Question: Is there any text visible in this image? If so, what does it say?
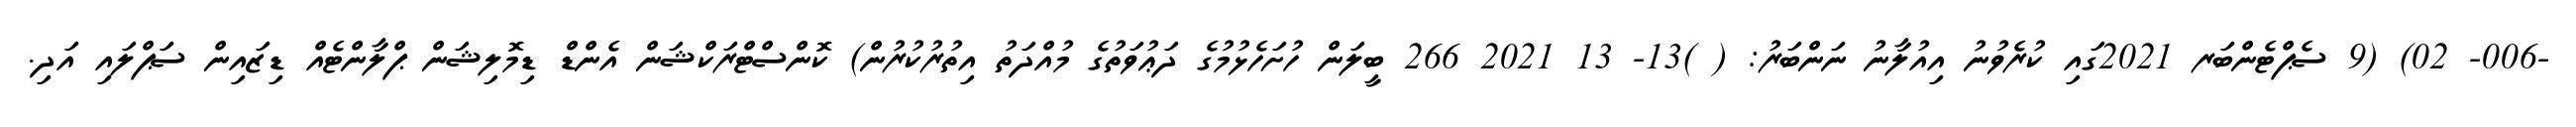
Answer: -006- 02) (9 ސެޕްޓެންބަރ 2021ގައި ކުރެވުނު އިއުލާނު ނަންބަރު: ( )13- 13 2021 266 ބީލަން ހުށަހެޅުމުގެ ދަޢުވަތުގެ މުއްދަތު އިތުރުކުރުން) ކޮންސްޓްރަކްޝަން އެންޑް ޑިމޮލިޝަން ޕްލާންޓެއް ޑިޒައިން ސަޕްލައި އަދި.